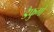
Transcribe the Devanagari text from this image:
डैफुगो